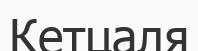
Кетцаля